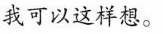
我可以这样想。